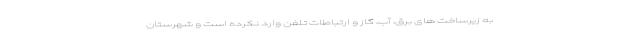
به زیرساخت های برق، آب، گاز و ارتباطات تلفن وارد نکرده‌ است و شهرستان